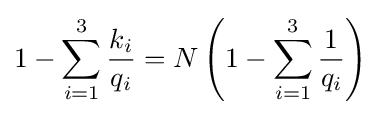
1-\sum _{i=1}^{3}{\frac {k_{i}}{q_{i}}}=N\left(1-\sum _{i=1}^{3}{\frac {1}{q_{i}}}\right)